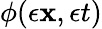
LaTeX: \phi(\epsilon{\mathbf{x}},\epsilon t)